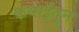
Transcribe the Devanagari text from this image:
कमाईतून